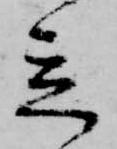
立